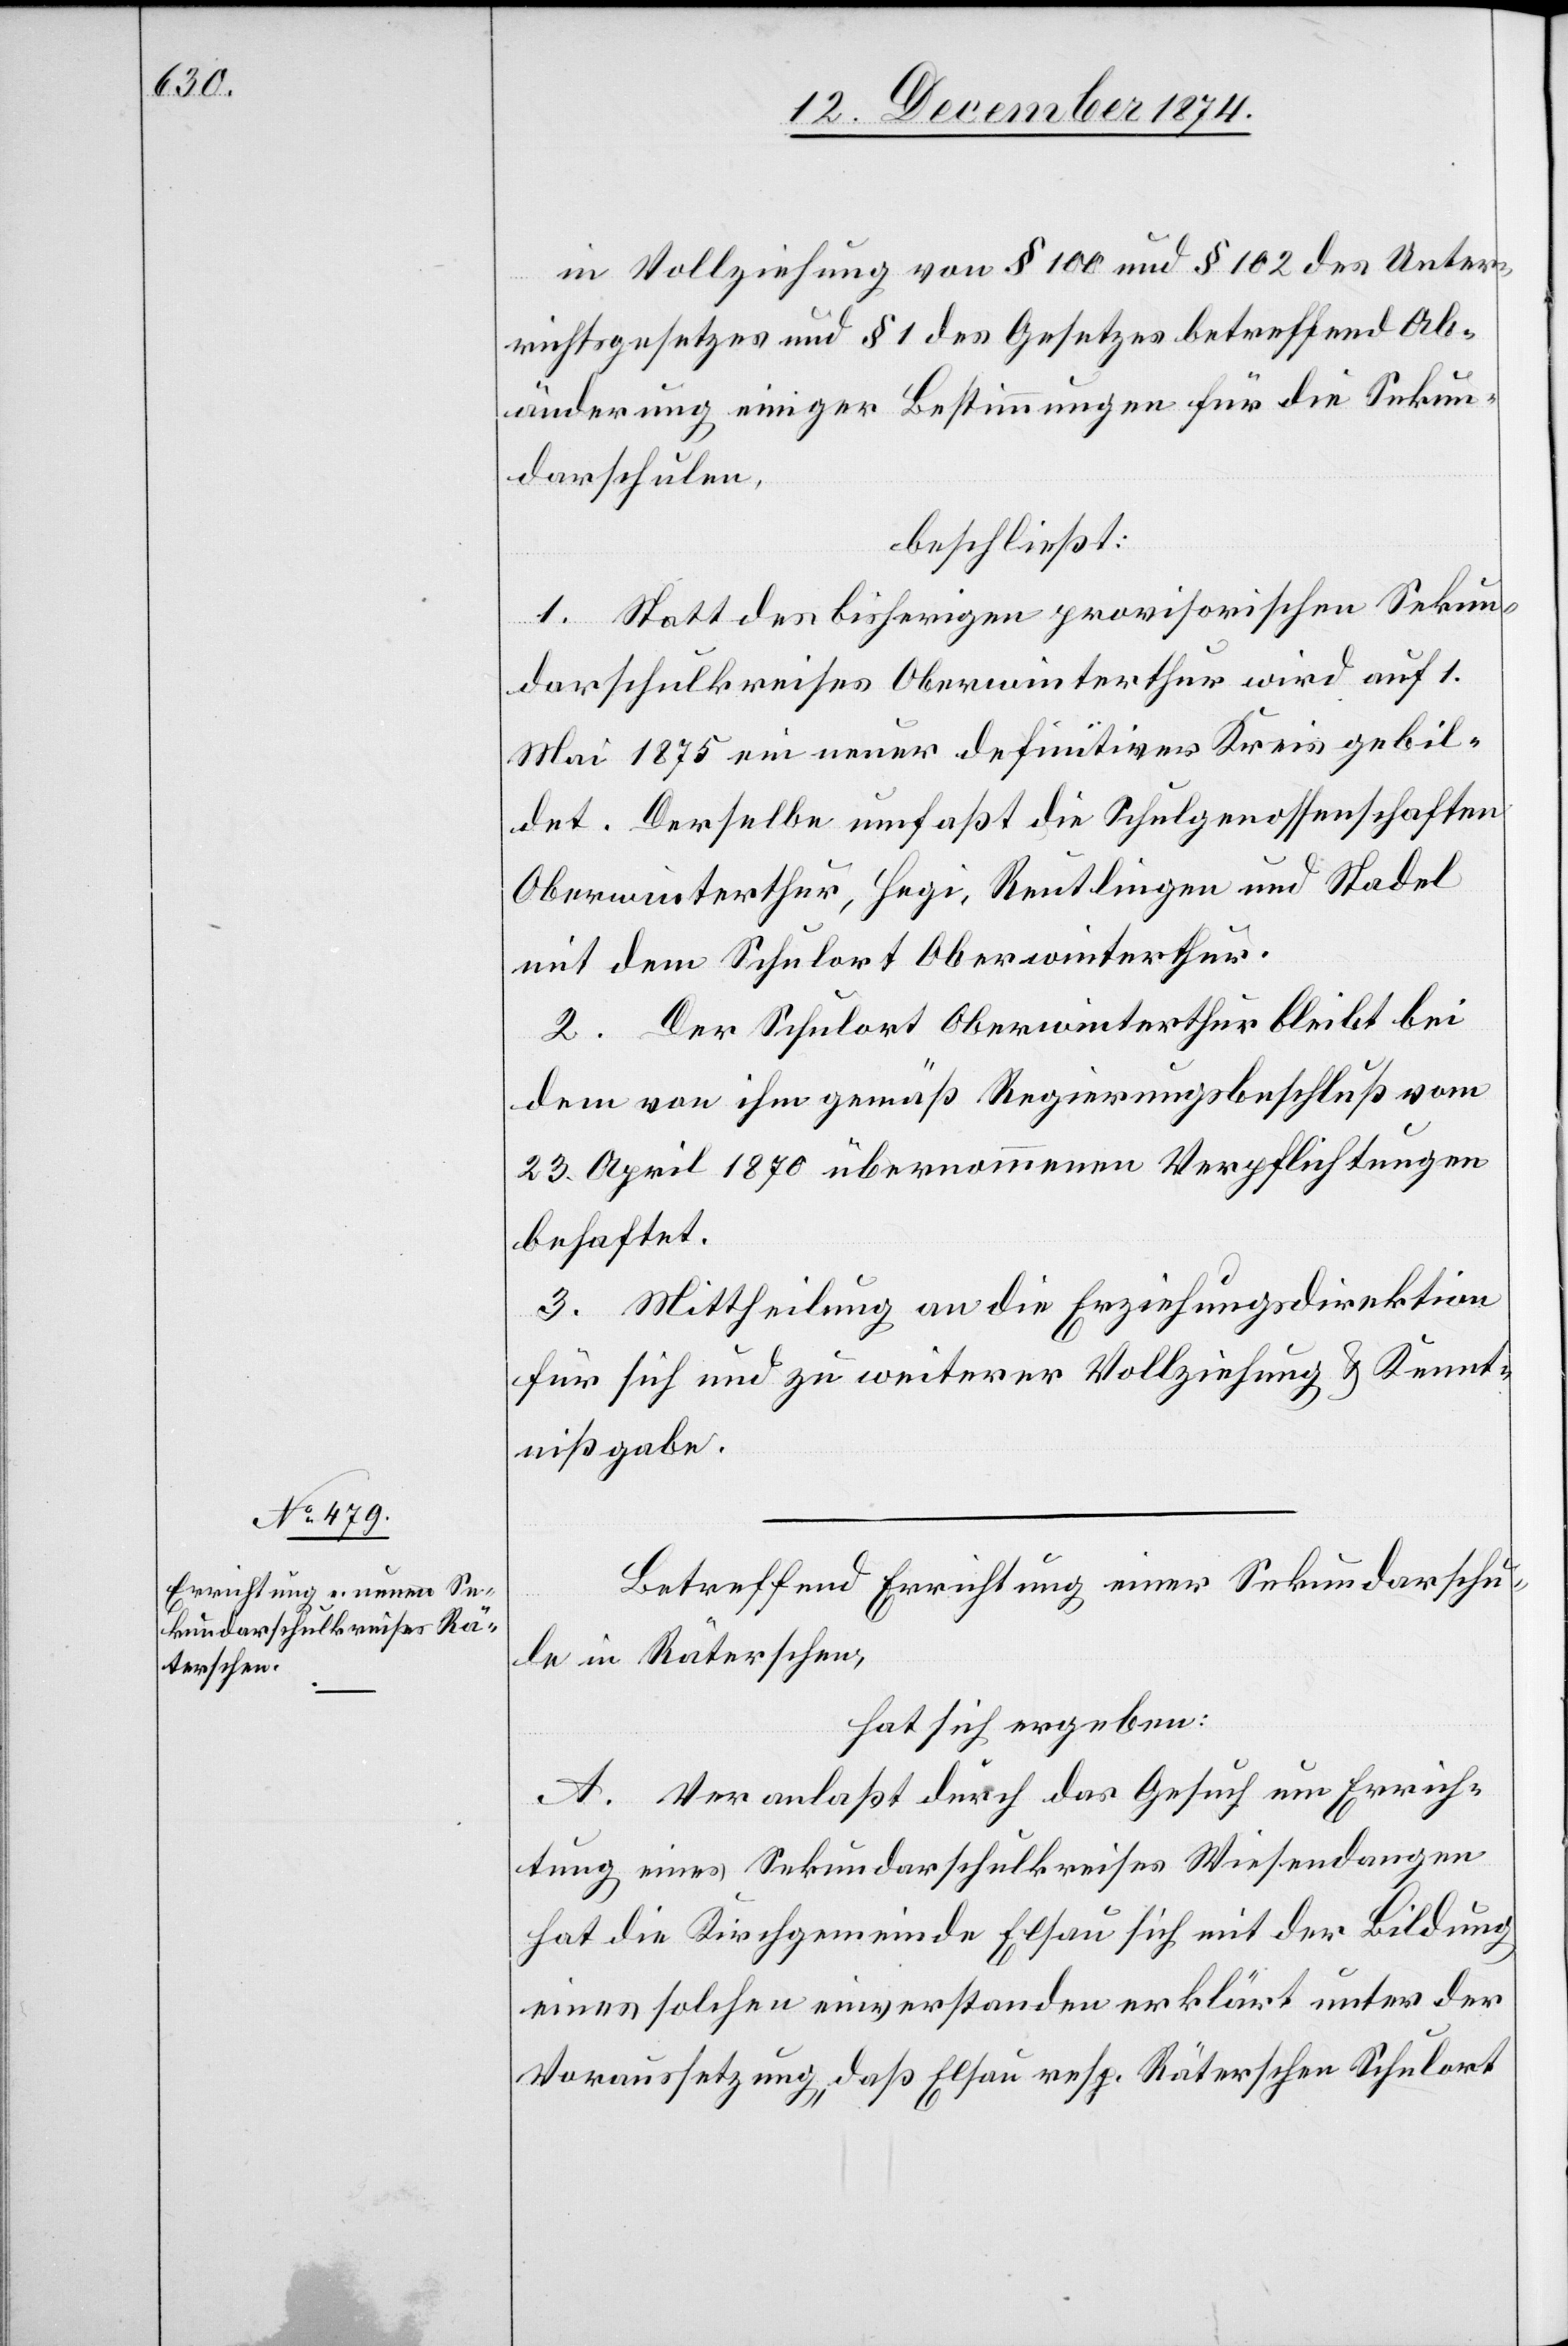
in Vollziehung von § 100 und § 102 des Unter¬
richtsgesetzes und § 1 des Gesetzes betreffend Ab¬
änderung einiger Bestimmungen für die Sekun¬
darschulen,
beschließt:
1. Statt des bisherigen provisorischen Sekun¬
darschulkreises Oberwinterthur wird auf 1.
Mai 1875 ein neuer definitiver Kreis gebil¬
det. Derselbe umfaßt die Schulgenossenschaften
Oberwinterthur, Hegi, Reutlingen und Stadel
mit dem Schulort Oberwinterthur.
2. Der Schulort Oberwinterthur bleibt bei
den von ihm gemäß Regierungsbeschluß vom
23. April 1870 übernommenen Verpflichtungen
behaftet.
3. Mittheilung an die Erziehungsdirektion
für sich und zu weiterer Vollziehung & Kennt¬
nißgabe.
Betreffend Errichtung einer Sekundarschu¬
le in Räterschen,
hat sich ergeben:
A. Veranlaßt durch das Gesuch um Errich¬
tung eines Sekundarschulkreises Wiesendangen
hat die Kirchgemeinde Elsau sich mit der Bildung
eines solchen einverstanden erklärt unter der
Voraussetzung „daß Elsau resp. Räterschen Schulort